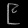
Digit: ၉